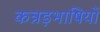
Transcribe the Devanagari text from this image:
कन्नड़भाषियों